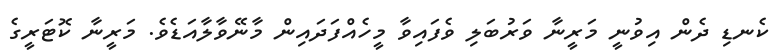
ކެނޑި ދެން އިވުނީ މަރީނާ ވަރުބަލި ވެފައިވާ މީހެއްފަދައިން މާނޭވާލާއަޑެވެ. މަރީނާ ކޮޓަރީގެ